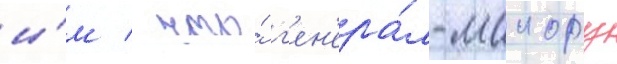
и́м / что́ г'ен'ера́л-маиору